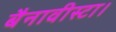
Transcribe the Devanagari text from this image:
बैनावीस्टा।